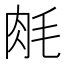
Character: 𬚱